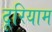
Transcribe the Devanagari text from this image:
दूरियाम